Civil Veterinary Dept. Assam report 1927-50 - 1927-1950
Year: 1927
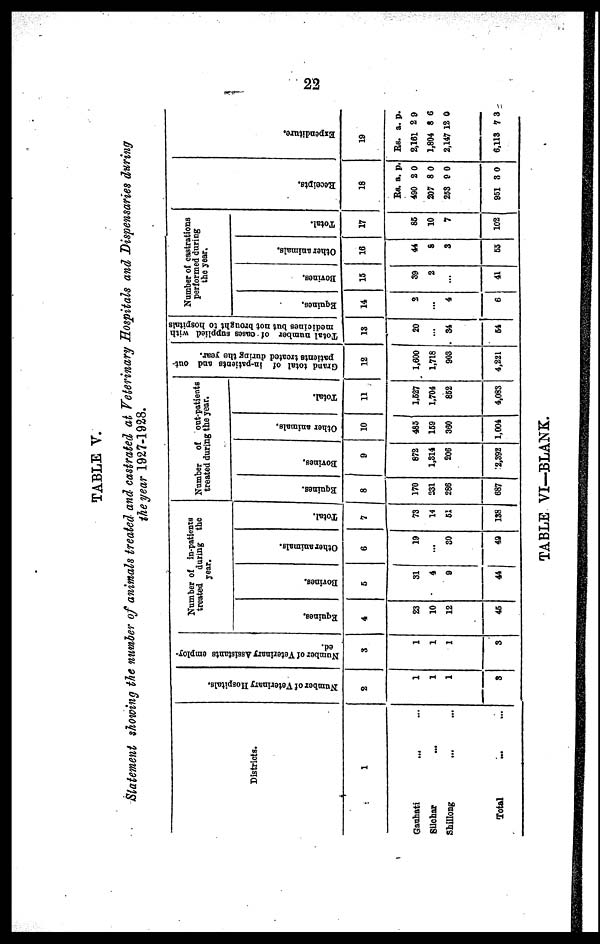
22
TABLE V.
Statement showing the number of animals treated and castrated at Veterinary Hospitals and Dispensaries during
the year 1927-1928.
Districts.
1
Gauhati ... ...
Silchar ...
Shillong ... ...
Total
... ...
Number of Veterinary Hospitals.
2
1
1
1
3
Number of Veterinary Assistants employ-
ed.
3
1
1
1
3
Number of in-patients
treated
during the
year.
Equines.
4
23
10
12
45
Bovines.
5
31
4
9
44
Other animals.
6
19
...
30
49
Total.
7
73
14
51
138
Number
of out-patients
treated during the year.
Equines.
8
170
231
286
687
Bovines.
9
872
1,314
206
2,392
Other animals.
10
485
169
360
1,004
Total.
11
1,527
1,704
852
4,083
Grand total of in-patients and out-
patients treated during the year.
12
1,600
1,718
903
4,221
Total number of cases supplied with
medicines but not brought to hospitals
13
20
...
34
54
Number of castrations
performed during
the year.
Equines.
14
2
...
4
6
Bovines.
15
39
2
...
41
Other animals.
16
44
8
3
53
Total.
17
85
10
7
102
Recei pt s
.
18
Rs.
490
207
253
951
a.
2
8
9
3
p.
0
0
0
0
Expe ndi t
ur e .
19
Rs.
2,161
1,804
2,147
6,113
a.
2
8
12
7
p.
9
6
0
3
TABLE VI—BLANK.